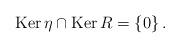
LaTeX: \begin{align*}\operatorname{Ker}\eta\cap\operatorname{Ker}R=\left\{ 0\right\} .\end{align*}